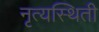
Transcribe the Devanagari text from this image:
नृत्यस्थिती